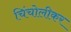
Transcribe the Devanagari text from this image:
चिंचोलीकर